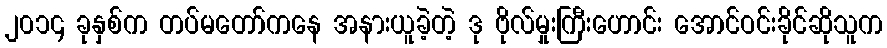
၂၀၁၄ ခုနှစ်က တပ်မတော်ကနေ အနားယူခဲ့တဲ့ ဒု ဗိုလ်မှုးကြီးဟောင်း အောင်ဝင်းခိုင်ဆိုသူက